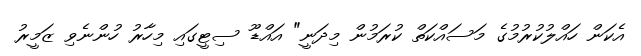
އެކަން ހައްލުކުރުމުގެ މަސައްކަތް ކުރަމުން މިދަނީ" އައްޑޫ ސިޓީގައި މިހާރު ހުންނެވި ޒަމީރު